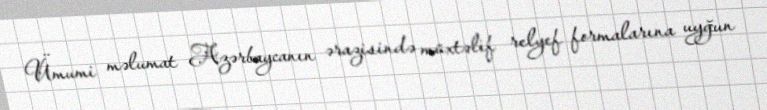
Ümumi məlumat Azərbaycanın ərazisində müxtəlif relyef formalarına uyğun